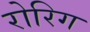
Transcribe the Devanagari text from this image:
रोरिग